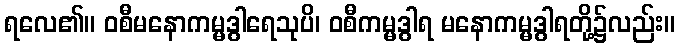
ရလေ၏။ ဝစီမနောကမ္မဒွါရေသုပိ၊ ဝစီကမ္မဒွါရ မနောကမ္မဒွါရတို့၌လည်း။